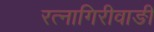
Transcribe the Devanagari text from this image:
रत्‍नागिरीवाङी